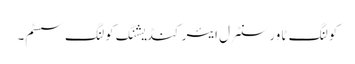
کولنگ ٹاور سنٹرل ایئر کنڈیشنگ کولنگ سسٹم۔